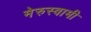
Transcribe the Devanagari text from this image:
मेरुस्वामी